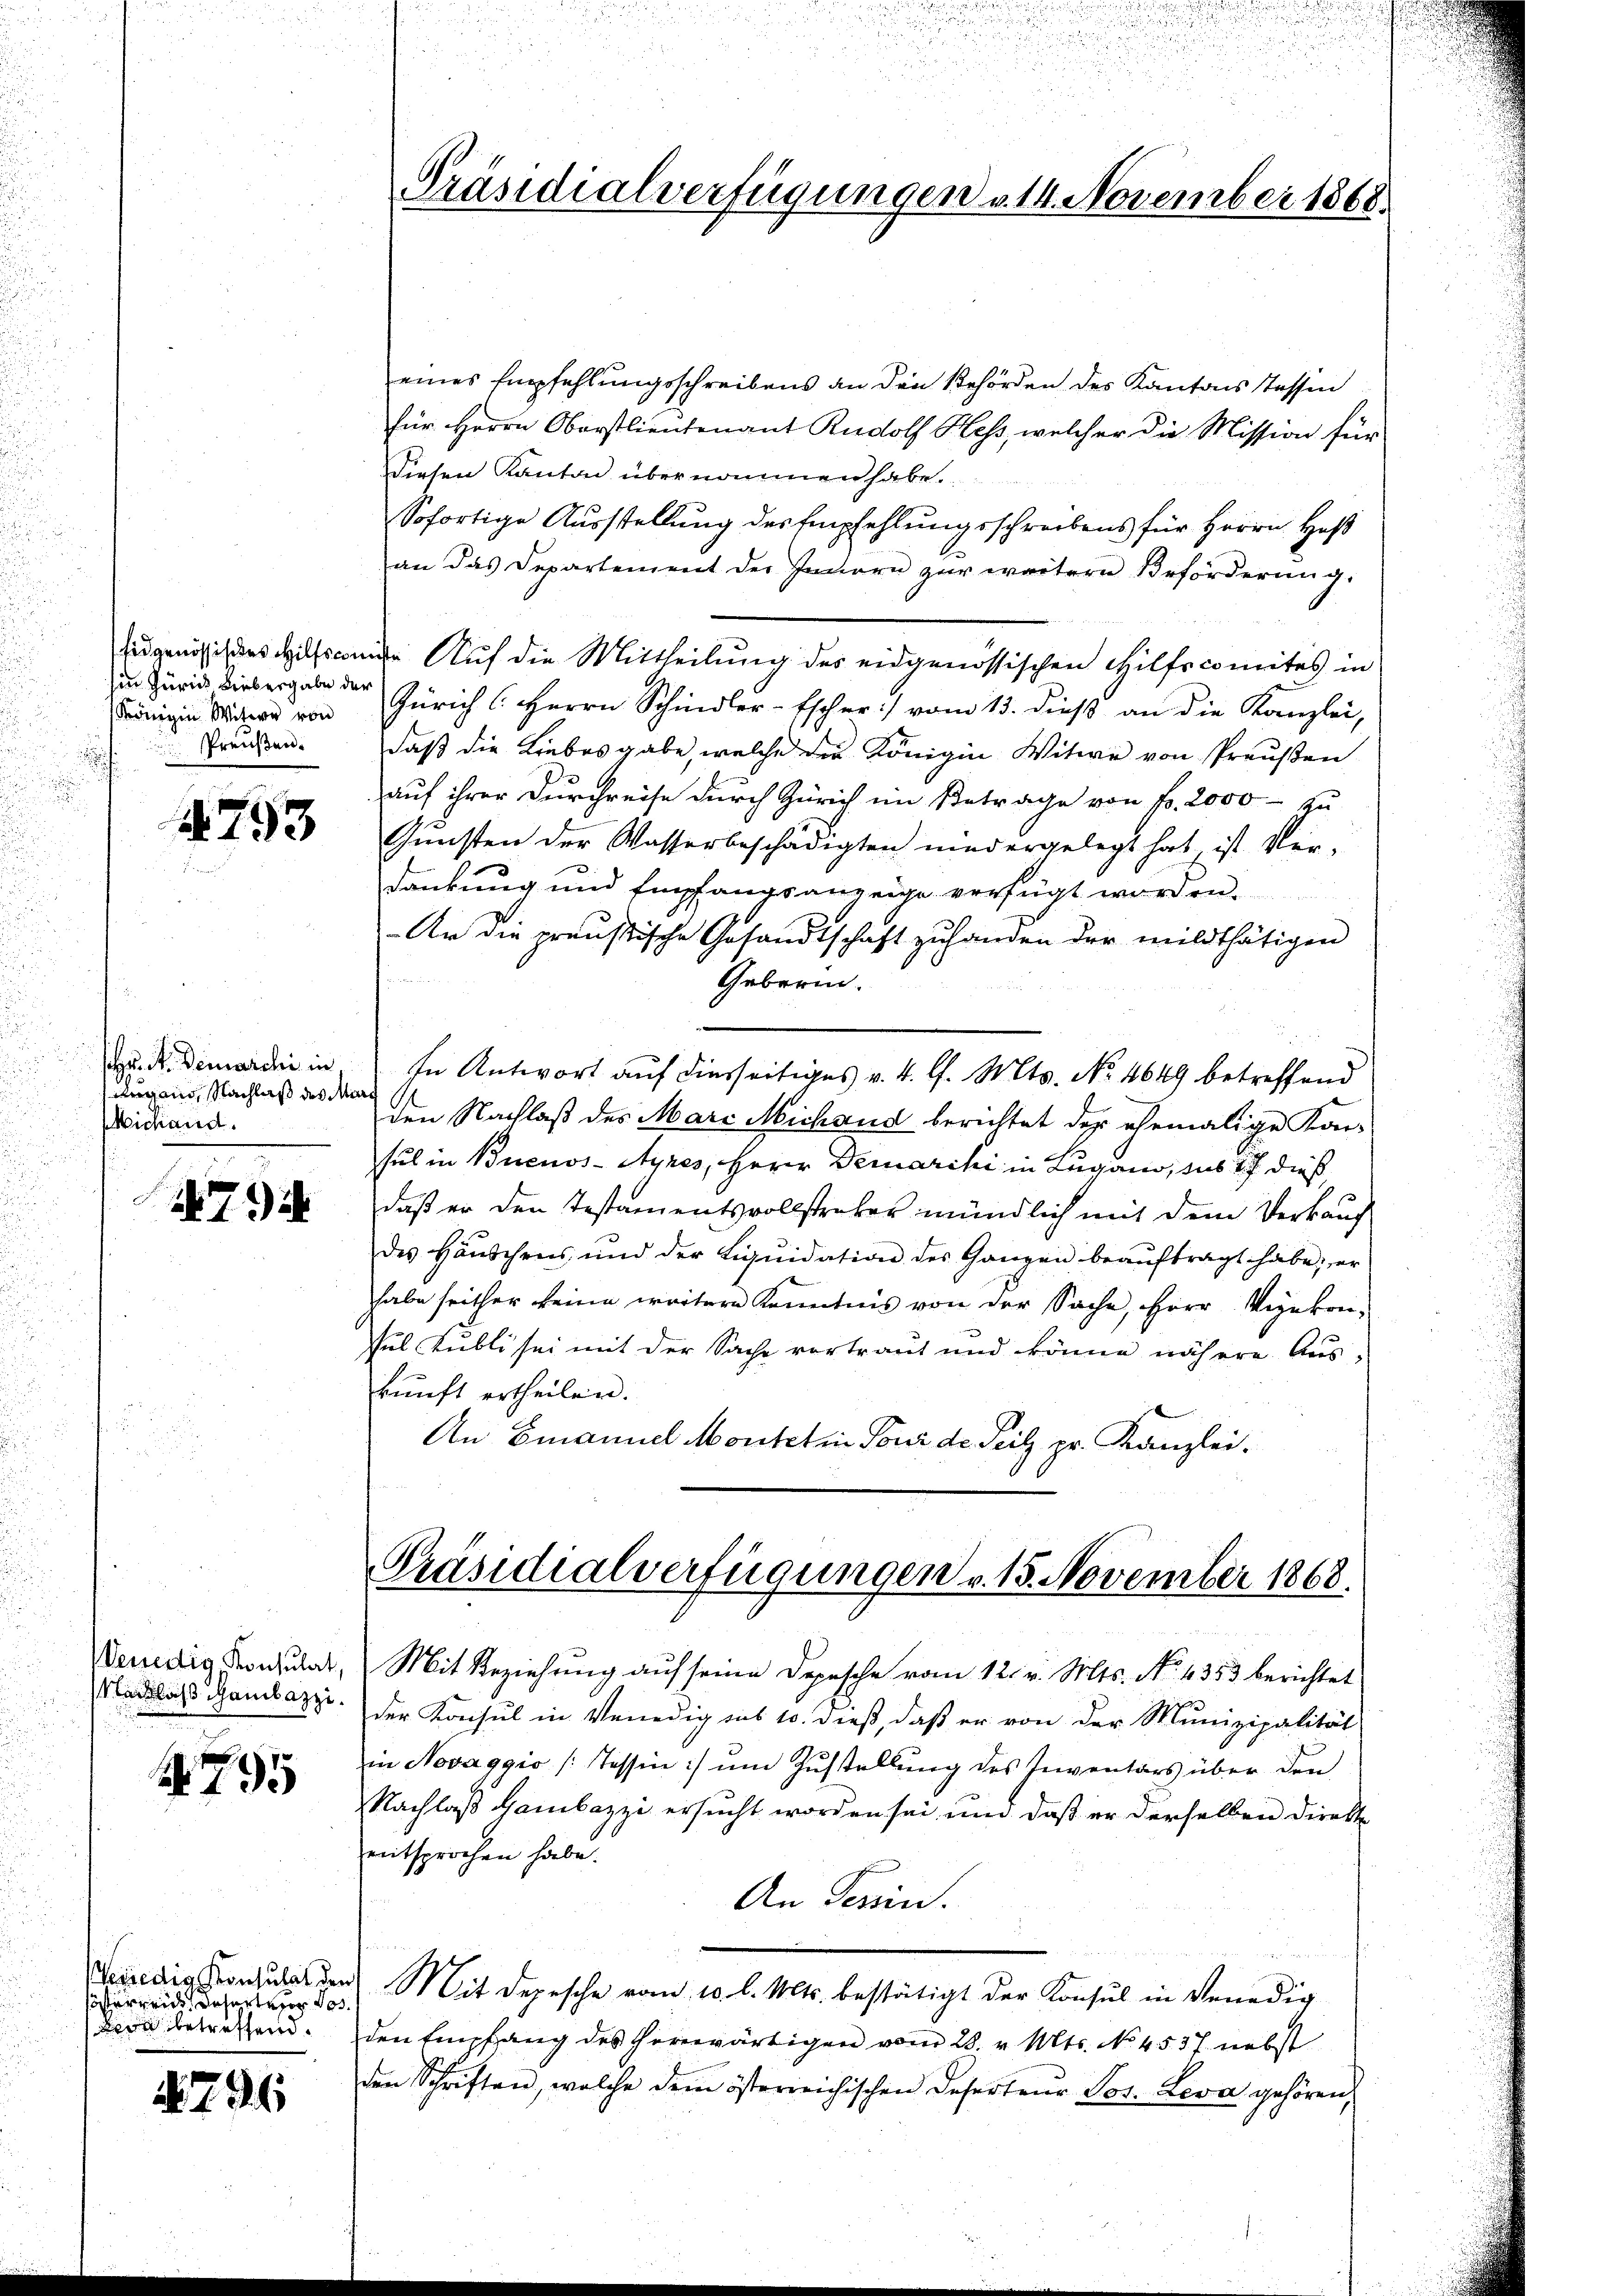
sin Zürich Liebergabe der
Königin Witwe von
sPreußen.
¬

4753

r.  Demarchi in
Augang Nachlaß des Me
Michand.

7)

Venedig, Konsulat,
Nacklass Gambazzi.

795

österreide Desert vor des
Bern betreffen.

796

eines Empfehlungsschreibens an den Behörden des Kantons Tassen
für Herrn Oberstlieutenant Rudolf Hess, welcher die Mission für
Diesen Kanton übernommen habe.
Sofortige Ausstellung des Empfehlungsschreibens für Herrn Hof
an das Departement der Innern zŭr weitern Beförderŭng.
Eidgenössisches Hilfscomite Auf die Mittheilung des eidgenössischen Hilfscomites in
Zürich C. Herrn Schindler-Escher :/ vom 13. dieβ an die Kanzlei,
daß die Liebesgabe, welche der Königin Witwe von Preußen
auf ihrer Durchreise durch Zürich im Betrage von Fr. 2000 - zu
Gunsten der Wasserbeschädigten niedergelegt hat ist Ver-
dankung und Empfangsanzeige verfügt worden.
Ar die preußische Gesandtschaft zu handen der mildthätigen

Geberin.
In Antwort auf diesseitiges v. 4. l. Mts. No. 4649 betreffend
den Nachlaß des Marc Michand berichtet der ehemalige Kon-
sul in Buenos-Ayres, Herr Demarchi in Lugano, das 17 dieß,
daß er den Testamentsvollstreber mündlich mit dem Verkauf
des Häŭschens und der Liqŭidation des Ganzen beaŭftragt habe, er
habe seither keine weitere Kenntnis von der Sache, Herr Vizekonsul Kubli sei mit der Sache vortraut und könne nähere Aus-
kunft ertheilen.
An Emanuel Montet in Tour de Teilz pr. Kanzlei.

Präsidialverfügungen v. 14. November 1868.

Präsidialverfügungen v. 15. November 1868.

Mit Beziehung auf seine Depesche vom 12. v. Mts. No. 4353 berichtet
der Konsul in Venedig das 10. dieß, daß er von der Munizipalität
in Novaggio (Tessin:/ um Zustellung des Inventars über den
Nachlaß Gambazzi ersucht worden sei, und daß er derselben direkt
entsprochen habe.
An Tessin.
Weredig anzusen Mit Depesche vom 10. l. Mts. bestätigt der Konsul in Venedig
den Empfang des herwärtigen vom 28. v. Mts. No 4537 nebst
den Schriften, welche dem österreichischen Deserteŭr Los. Leva gehören,